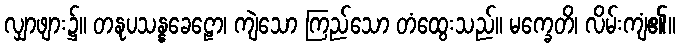
လျှာဖျား၌။ တနုပသန္နခေဠော၊ ကျဲသော ကြည်သော တံထွေးသည်။ မက္ခေတိ၊ လိမ်းကျံ၏။